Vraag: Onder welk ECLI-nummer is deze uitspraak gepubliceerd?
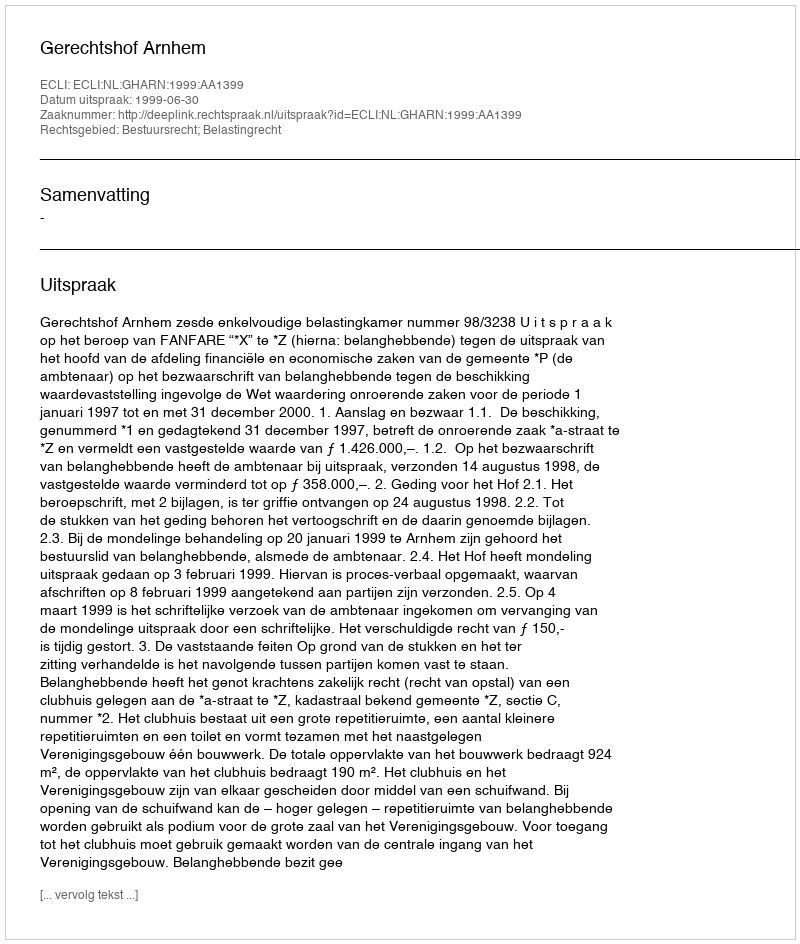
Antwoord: ECLI:NL:GHARN:1999:AA1399